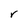
Character: r